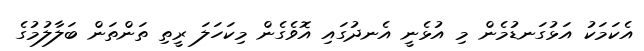
އެކަމަކު އަޅުގަނޑުމެން މި އުޅެނީ އެނދުގައި އޮވެގެން މިކަހަލަ ރީތި ތަންތަން ބަލާލުމުގެ